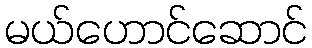
မယ်ဟောင်ဆောင်